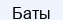
Баты